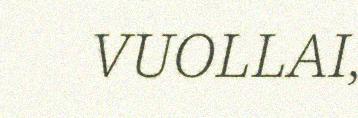
VUOLLAI,